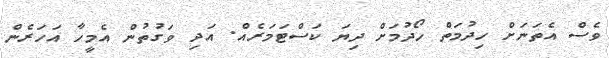
ވެސް އެތަނަށް ހިދުމަތް ހޯދުމަށް ދިޔަ ކަސްޓަމަރެއް. އަދި ވަގުތުން އެމީހާ އަހަރެން